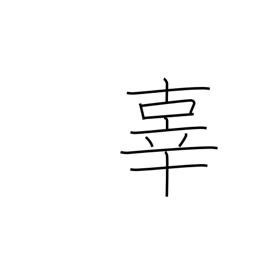
Meaning: sin